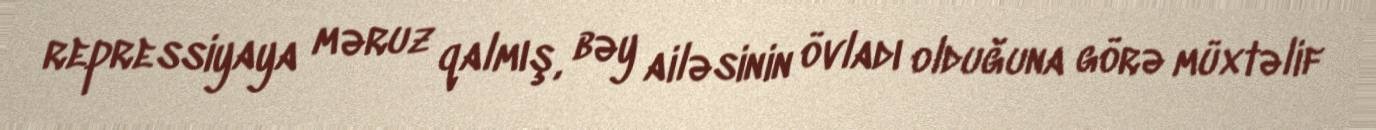
repressiyaya məruz qalmış, bəy ailəsinin övladı olduğuna görə müxtəlif